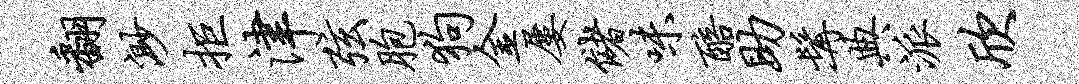
翻渺拒津弦胞狗金屡储味醅助髯典派欣